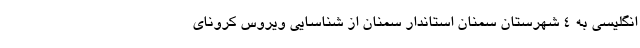
انگلیسی به ۴ شهرستان سمنان استاندار سمنان از شناسایی ویروس کرونای